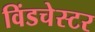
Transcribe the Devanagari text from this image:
विंडचेस्टर